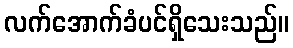
လက်အောက်ခံပင်ရှိသေးသည်။